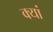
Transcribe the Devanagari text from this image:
क्यां